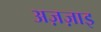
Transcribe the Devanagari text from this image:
अज़ज़ाइ